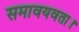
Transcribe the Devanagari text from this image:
समावयवता।